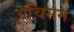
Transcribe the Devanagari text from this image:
ॲचिसन